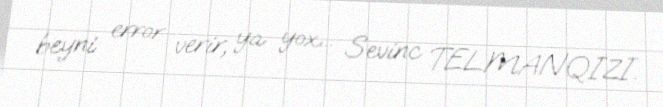
beyni error verir, ya yox... Sevinc TELMANQIZI.